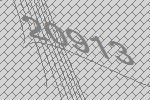
20913